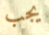
يجب